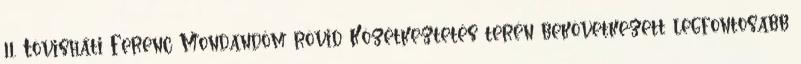
11. Tövisháti Ferenc Mondandóm rövid Közétkeztetés terén bekövetkezett legfontosabb